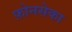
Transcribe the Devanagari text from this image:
फ़ोनसेका